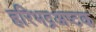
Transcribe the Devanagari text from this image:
हरिभद्रअष्टक